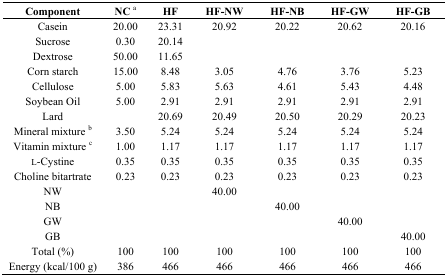
| Component | NC a | HF | HF-NW | HF-NB | HF-GW | HF-GB |
 | --- | --- | --- | --- | --- | --- | --- |
 | Casein | 20.00 | 23.31 | 20.92 | 20.22 | 20.62 | 20.16 |
 | Sucrose | 0.30 | 20.14 |  |  |  |  |
 | Dextrose | 50.00 | 11.65 |  |  |  |  |
 | Corn starch | 15.00 | 8.48 | 3.05 | 4.76 | 3.76 | 5.23 |
 | Cellulose | 5.00 | 5.83 | 5.63 | 4.61 | 5.43 | 4.48 |
 | Soybean Oil | 5.00 | 2.91 | 2.91 | 2.91 | 2.91 | 2.91 |
 | Lard |  | 20.69 | 20.49 | 20.50 | 20.29 | 20.23 |
 | Mineral mixture b | 3.50 | 5.24 | 5.24 | 5.24 | 5.24 | 5.24 |
 | Vitamin mixture c | 1.00 | 1.17 | 1.17 | 1.17 | 1.17 | 1.17 |
 | l-Cystine | 0.35 | 0.35 | 0.35 | 0.35 | 0.35 | 0.35 |
 | Choline bitartrate | 0.23 | 0.23 | 0.23 | 0.23 | 0.23 | 0.23 |
 | NW |  |  | 40.00 |  |  |  |
 | NB |  |  |  | 40.00 |  |  |
 | GW |  |  |  |  | 40.00 |  |
 | GB |  |  |  |  |  | 40.00 |
 | Total (%) | 100 | 100 | 100 | 100 | 100 | 100 |
 | Energy (kcal/100 g) | 386 | 466 | 466 | 466 | 466 | 466 |